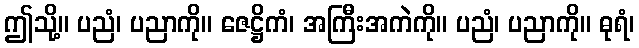
ဤသို့။ ပညံ၊ ပညာကို။ ဇေဋ္ဌိကံ၊ အကြီးအကဲကို။ ပညံ၊ ပညာကို။ ဓုရံ၊